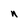
Character: n